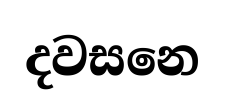
දවසනෙ